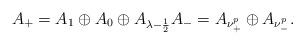
LaTeX: \begin{align*}A_+ = A_1 \oplus A_0 \oplus A_{\lambda - \frac{1}{2}} A_- = A_{\nu^p_+} \oplus A_{\nu^p_-}. \end{align*}